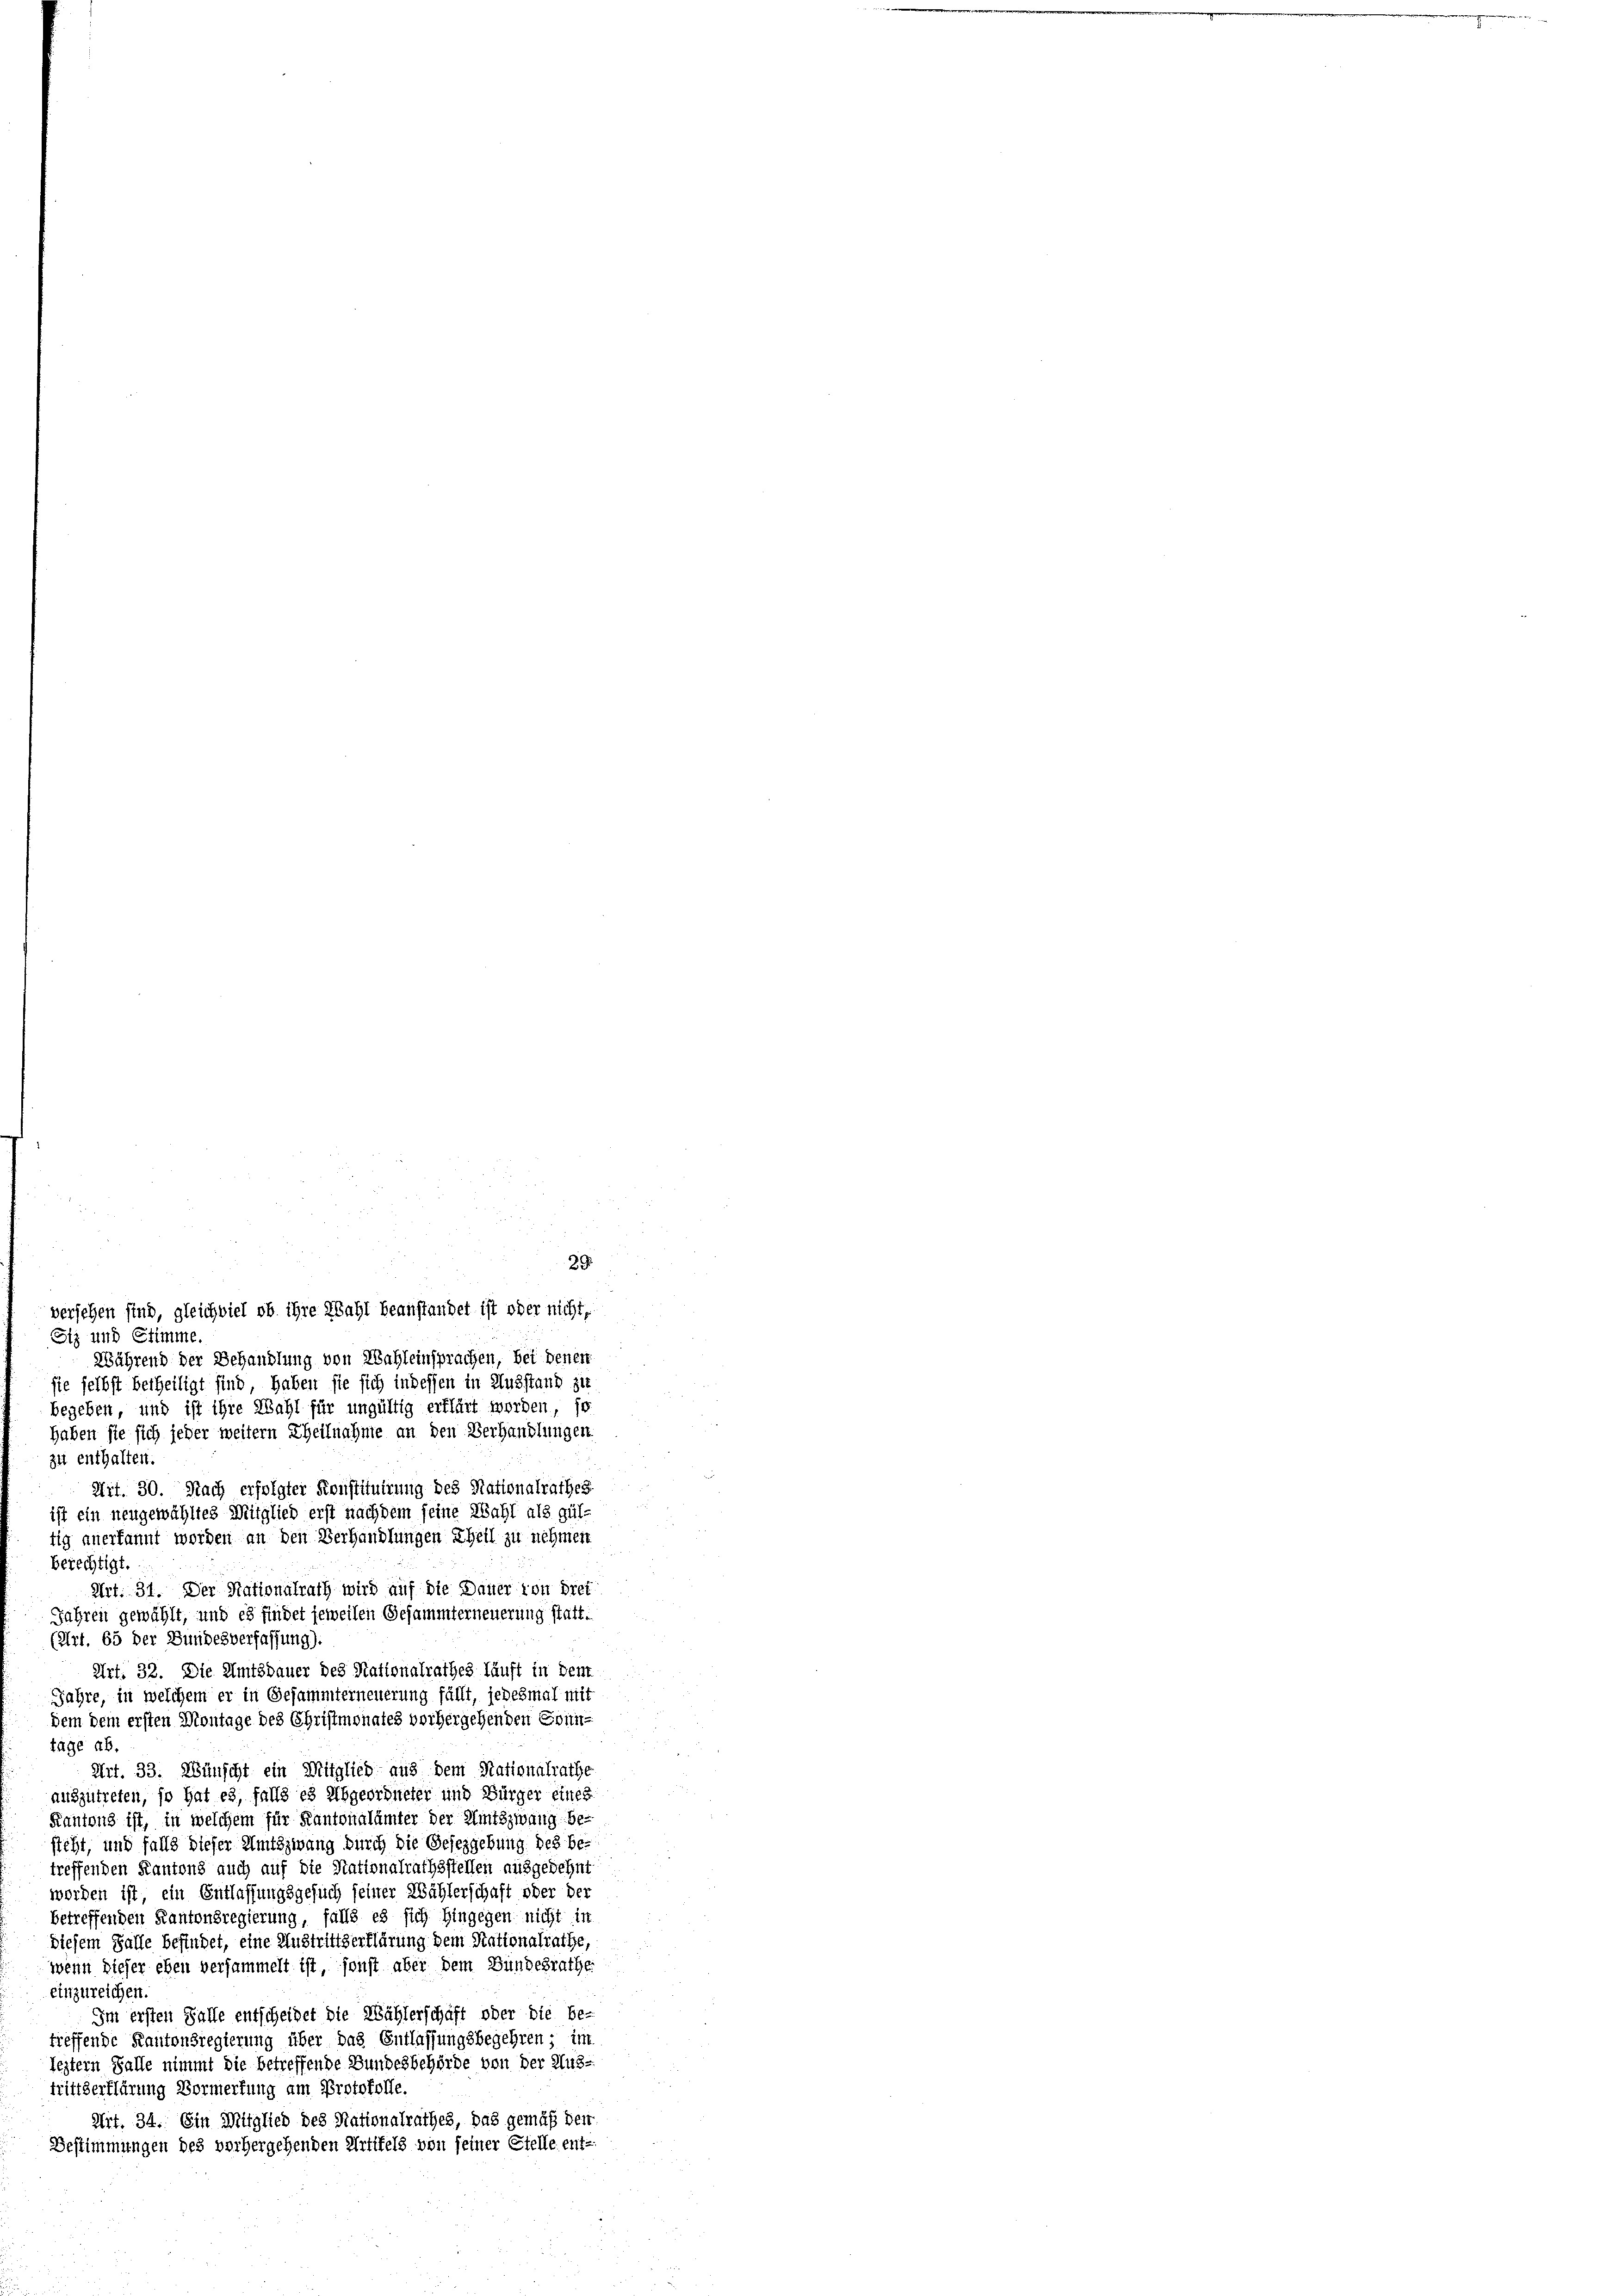
29
versehen sind, gleichviel ob ihre Wahl beanstandet ist oder nicht,
Siz und Stimme.
Während der Behandlung von Wahleinsprachen, bei dener
sie selbst betheiligt sind, haben sie sich in dessen in Ausstand zie
begeben, und ist ihre Wahl für ungültig erklärt worden, so
haben sie sich jeder weitern Theilnahme an den Verhandlungen
zu enthalten.
Art. 30. Nach erfolgter Konstituirung des Nationalrathes
ist ein neugewähltes Mitglied erst nachdem seine Wahl als gül-
tig anerkannt worden an den Verhandlungen Theil zu nehmen
berechtigt.
Urt. 31. Der Nationalrath wird auf die Dauer von Diet
Jahren gewählt, und es findet jeweilen Gesammterneuerung statt.
(Art. 65 der Bundesverfassung).
Art. 32. Die Amtsdauer des Nationalrathes läuft in dem
Jahre, in welchem er in Gesammterneuerung fällt, jedesmal mit
dem dem ersten Montage des Christmonates vorhergehenden Sonn-
täge ab.
Art. 33. Wünscht ein Mitglied aus dem Rationalrathe
auszutreten, so hat es, falls es Abgeordneter und Bürger eines
Kantons ist, in welchem für Kantonalämter der Amtszwang be-
steht, und falls dieser Amtszwang durch die Gesezgebung des be
treffenden Kantons auch auf die Nationalrathsstellen ausgedehnt
worden ist, ein Entlassungsgesuch seiner Wählerschaft oder der
betreffenden Kantonsregierung, falls es sich hingegen nicht in
diesem Falle befindet, eine Austrittserklärung dem Nationalrathe,
wenn dieser eben versammelt ist, sonst aber dem Bundesrathe
einzureichen.
Im ersten Falle entscheidet die Nählerschaft oder die be-
treffende Kantonsregierung über das Entlassungsbegehren - im
leztern Falle nimmt die betreffende Bundesbehörde von der Aus-
trittserklärung Vormerkung am Protokolle.
Art. 34. Ein Mitglied des Nationalrathes, das gemäß der
Bestimmungen des vorhergehenden Artikels von seiner Stelle ent-